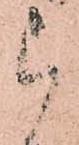
被